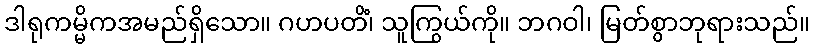
ဒါရုကမ္မိကအမည်ရှိသော။ ဂဟပတိံ၊ သူကြွယ်ကို။ ဘဂဝါ၊ မြတ်စွာဘုရားသည်။